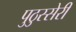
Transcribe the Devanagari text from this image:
पुठुस्सेरी